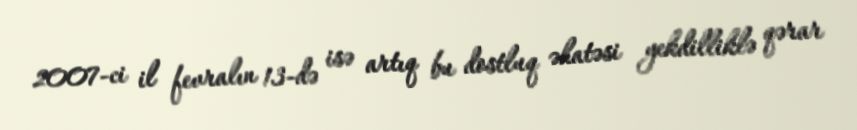
2007-ci il fevralın 13-də isə artıq bu dostluq əhatəsi yekdilliklə qərar